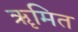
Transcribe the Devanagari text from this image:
ॠमित